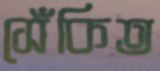
সেঁকিত